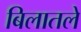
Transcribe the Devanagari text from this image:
बिलातले